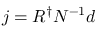
j = R ^ { \dagger } N ^ { - 1 } d